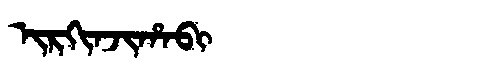
Manchu: ᡳᡵᡴᡳᠨᠵᡳᡥᠠᠪᡳ
Romanization: IRKINJIHABI